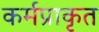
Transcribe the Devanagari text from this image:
कर्मप्राकृत